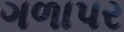
ગળાપર